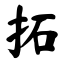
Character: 拓